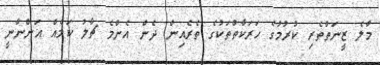
މާލެ ޒީނަތްތެރި ކުރުމުގެ ހަރަކާތްތަކުގެ ތެރެއިން ދެން އެންމެ ޗާލު ކަމެއް އަންނާނީ